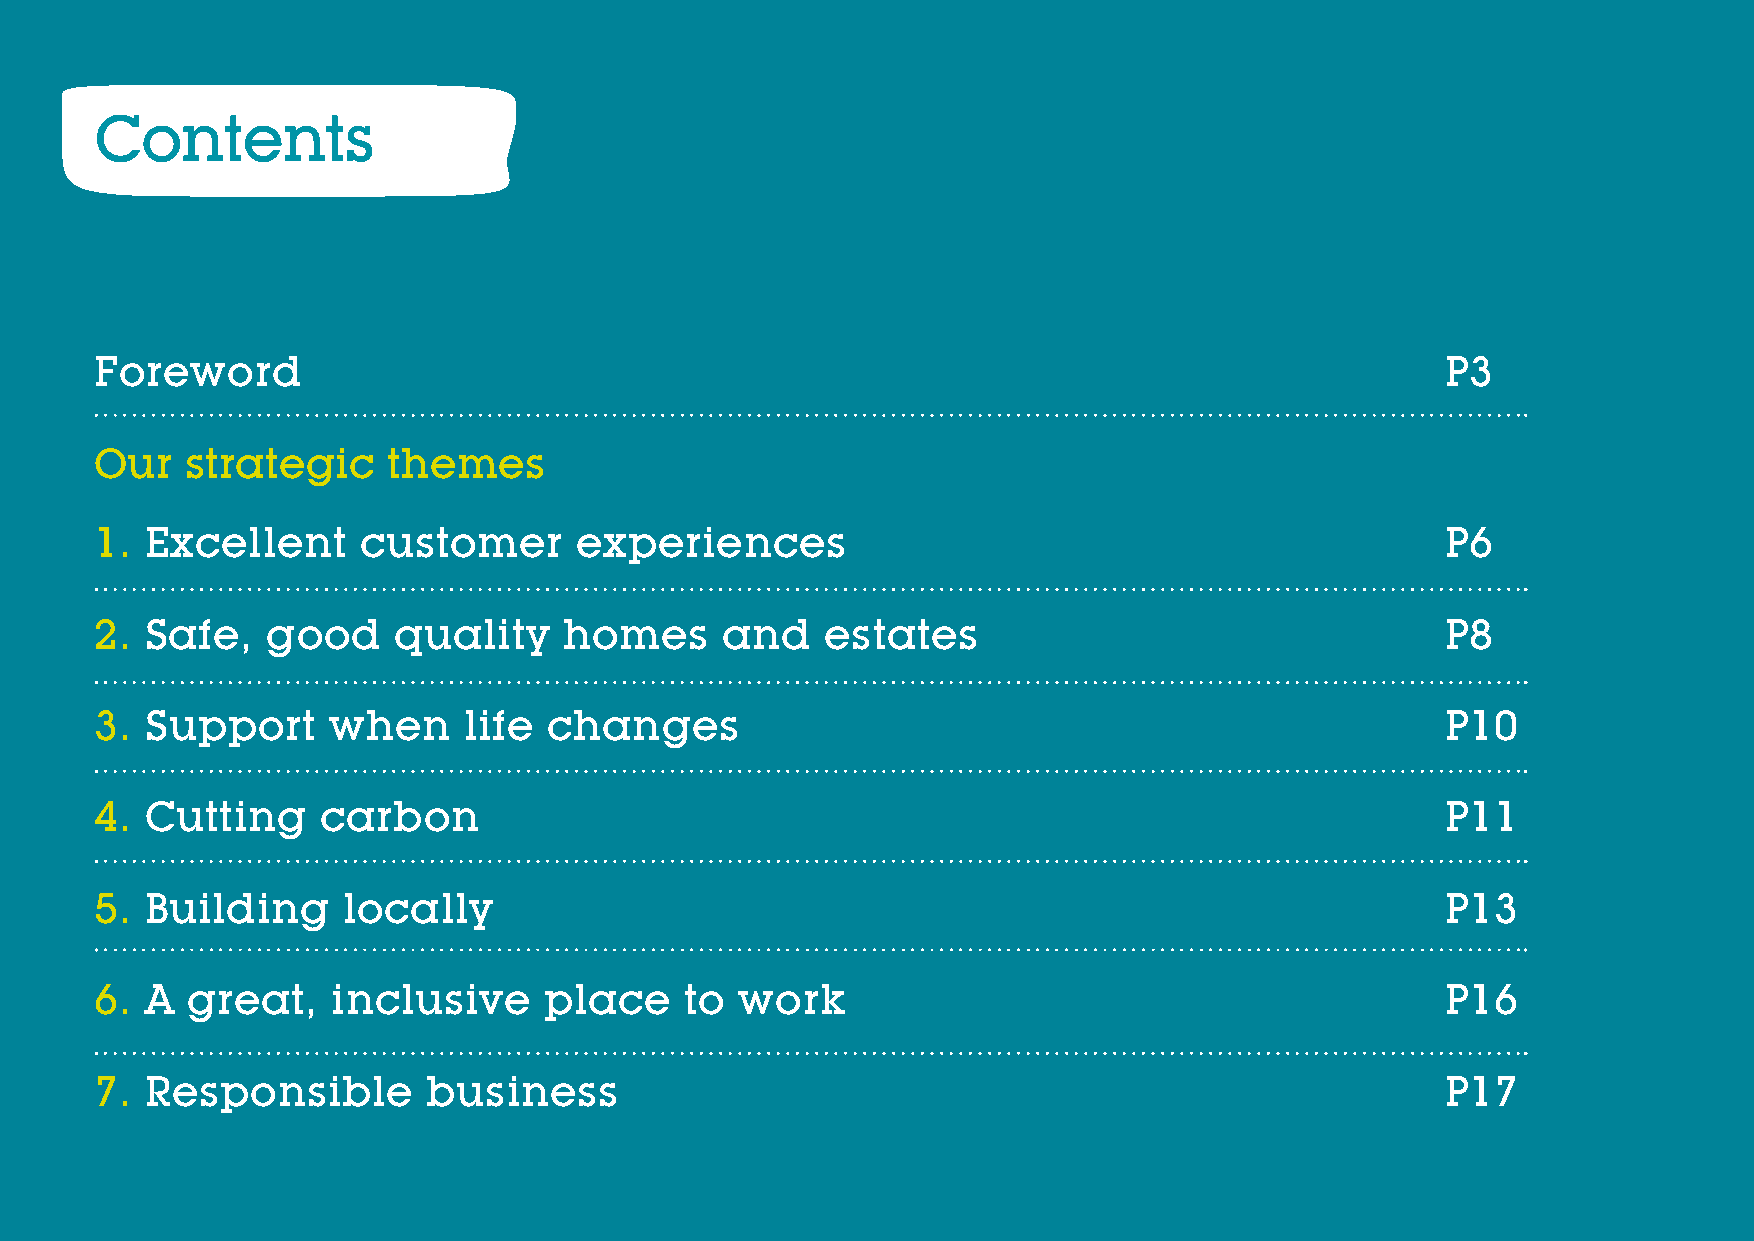
Contents
 Foreword                                                                                  P3
 Our   strategic     themes
 1.  Excellent     customer      experiences                                               P6
 2.  Safe,   good    quality    homes      and    estates                                  P8
 3.  Support     when     life changes                                                     P10
 4.  Cutting    carbon                                                                     P11
 5.  Building     locally                                                                  P13
 6.  A great,    inclusive     place    to  work                                           P16
 7.  Responsible       business                                                            P17